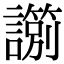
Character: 𧭀